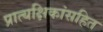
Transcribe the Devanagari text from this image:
प्रात्यक्षिकांसहित